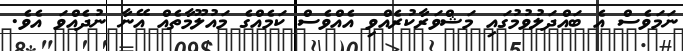
ނަމަވެސް އެ ބައްދަލުވުމުގައި މަޝްވަރާކުރެއްވި އެއްވެސް ކަމެއްގެ މައުލޫމާތެއް އޭނާ ނުދެއްވަ އެވެ.